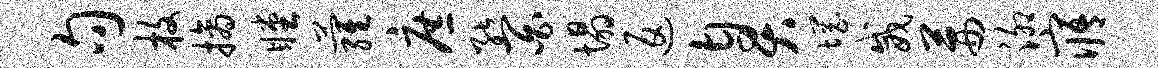
句枚摘瞠萝庶能百塌返臭惘威茜泖寤